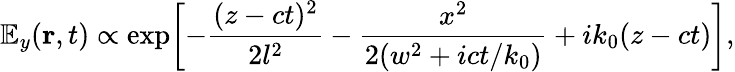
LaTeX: {\mathbb E}_{y}({\mathbf r},t)\propto\exp\! \left[-\frac{(z-ct)^{2}}{2l^{2}}-\frac{x^{2}}{2(w^{2}+ict/k_{0})}+ik_{0}(z-ct)\right],